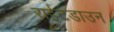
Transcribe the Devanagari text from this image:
राईटडाउन